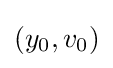
(y_{0},v_{0})